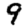
Digit: 9